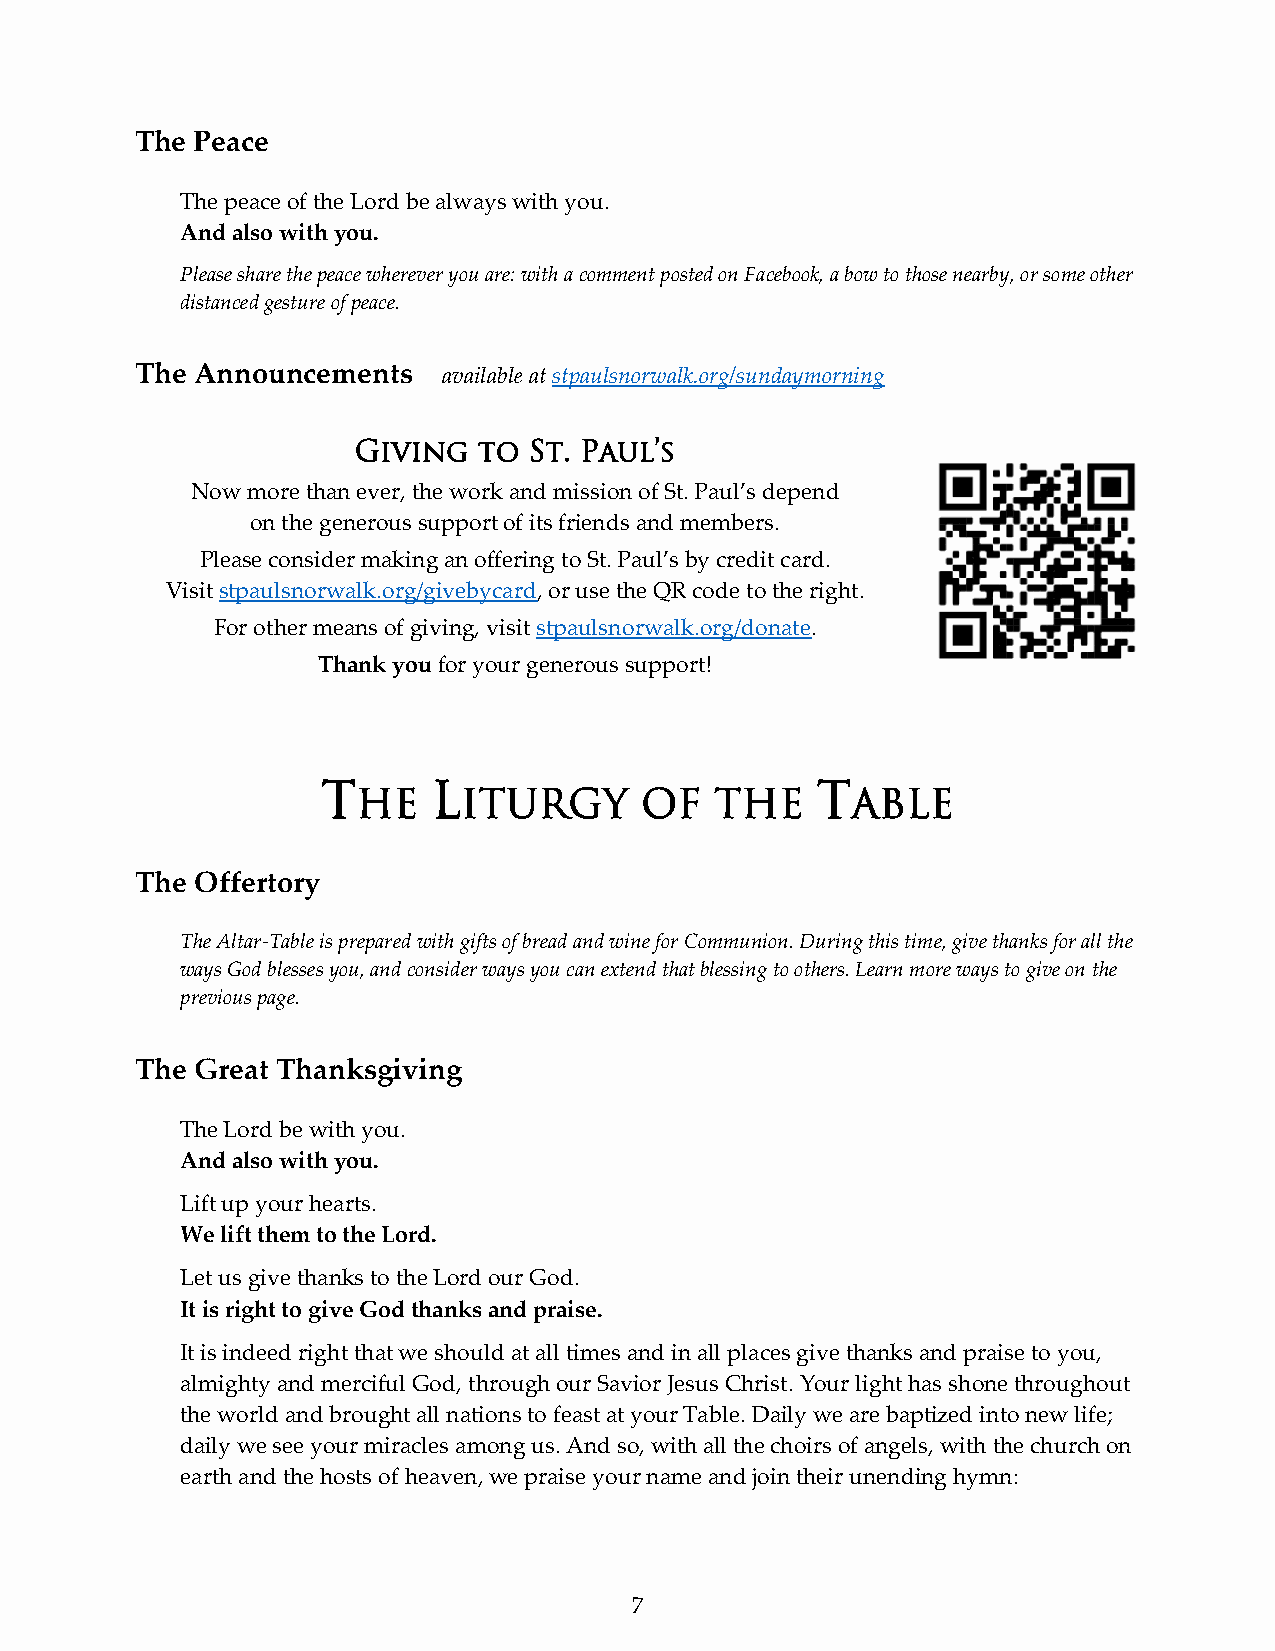
The Peace
 The peace of the Lord be always with you.
 And also with you.
 Please share the peace wherever you are: with a comment posted on Facebook, a bow to those nearby, or some other
 distanced gesture of peace.
 The Announcements   available at stpaulsnorwalk.org/sundaymorning
 Giving   to St. Paul’s
 Now more than ever, the work and mission of St. Paul’s depend
 on the generous support of its friends and members.
 Please consider making an offering to St. Paul’s by credit card.
 Visit stpaulsnorwalk.org/givebycard, or use the QR code to the right.
 For other means of giving, visit stpaulsnorwalk.org/donate.
 Thank you for your generous support!
 T       L                        T
 HE     ITURGY     OF   THE      ABLE
 The Offertory
 The Altar-Table is prepared with gifts of bread and wine for Communion. During this time, give thanks for all the
 ways God blesses you, and consider ways you can extend that blessing to others. Learn more ways to give on the
 previous page.
 The Great Thanksgiving
 The Lord be with you.
 And also with you.
 Lift up your hearts.
 We lift them to the Lord.
 Let us give thanks to the Lord our God.
 It is right to give God thanks and praise.
 It is indeed right that we should at all times and in all places give thanks and praise to you,
 almighty and merciful God, through our Savior Jesus Christ. Your light has shone throughout
 the world and brought all nations to feast at your Table. Daily we are baptized into new life;
 daily we see your miracles among us. And so, with all the choirs of angels, with the church on
 earth and the hosts of heaven, we praise your name and join their unending hymn:
 7